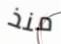
منذ